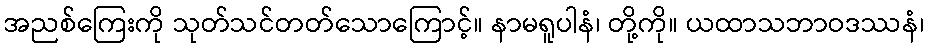
အညစ်ကြေးကို သုတ်သင်တတ်သောကြောင့်။ နာမရူပါနံ၊ တို့ကို။ ယထာသဘာဝဒဿနံ၊